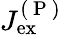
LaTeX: J_{\mathrm{ex}}^{(\mathrm{~P~})}